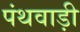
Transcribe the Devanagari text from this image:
पंथवाड़ी